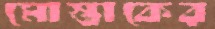
মোস্তাকের